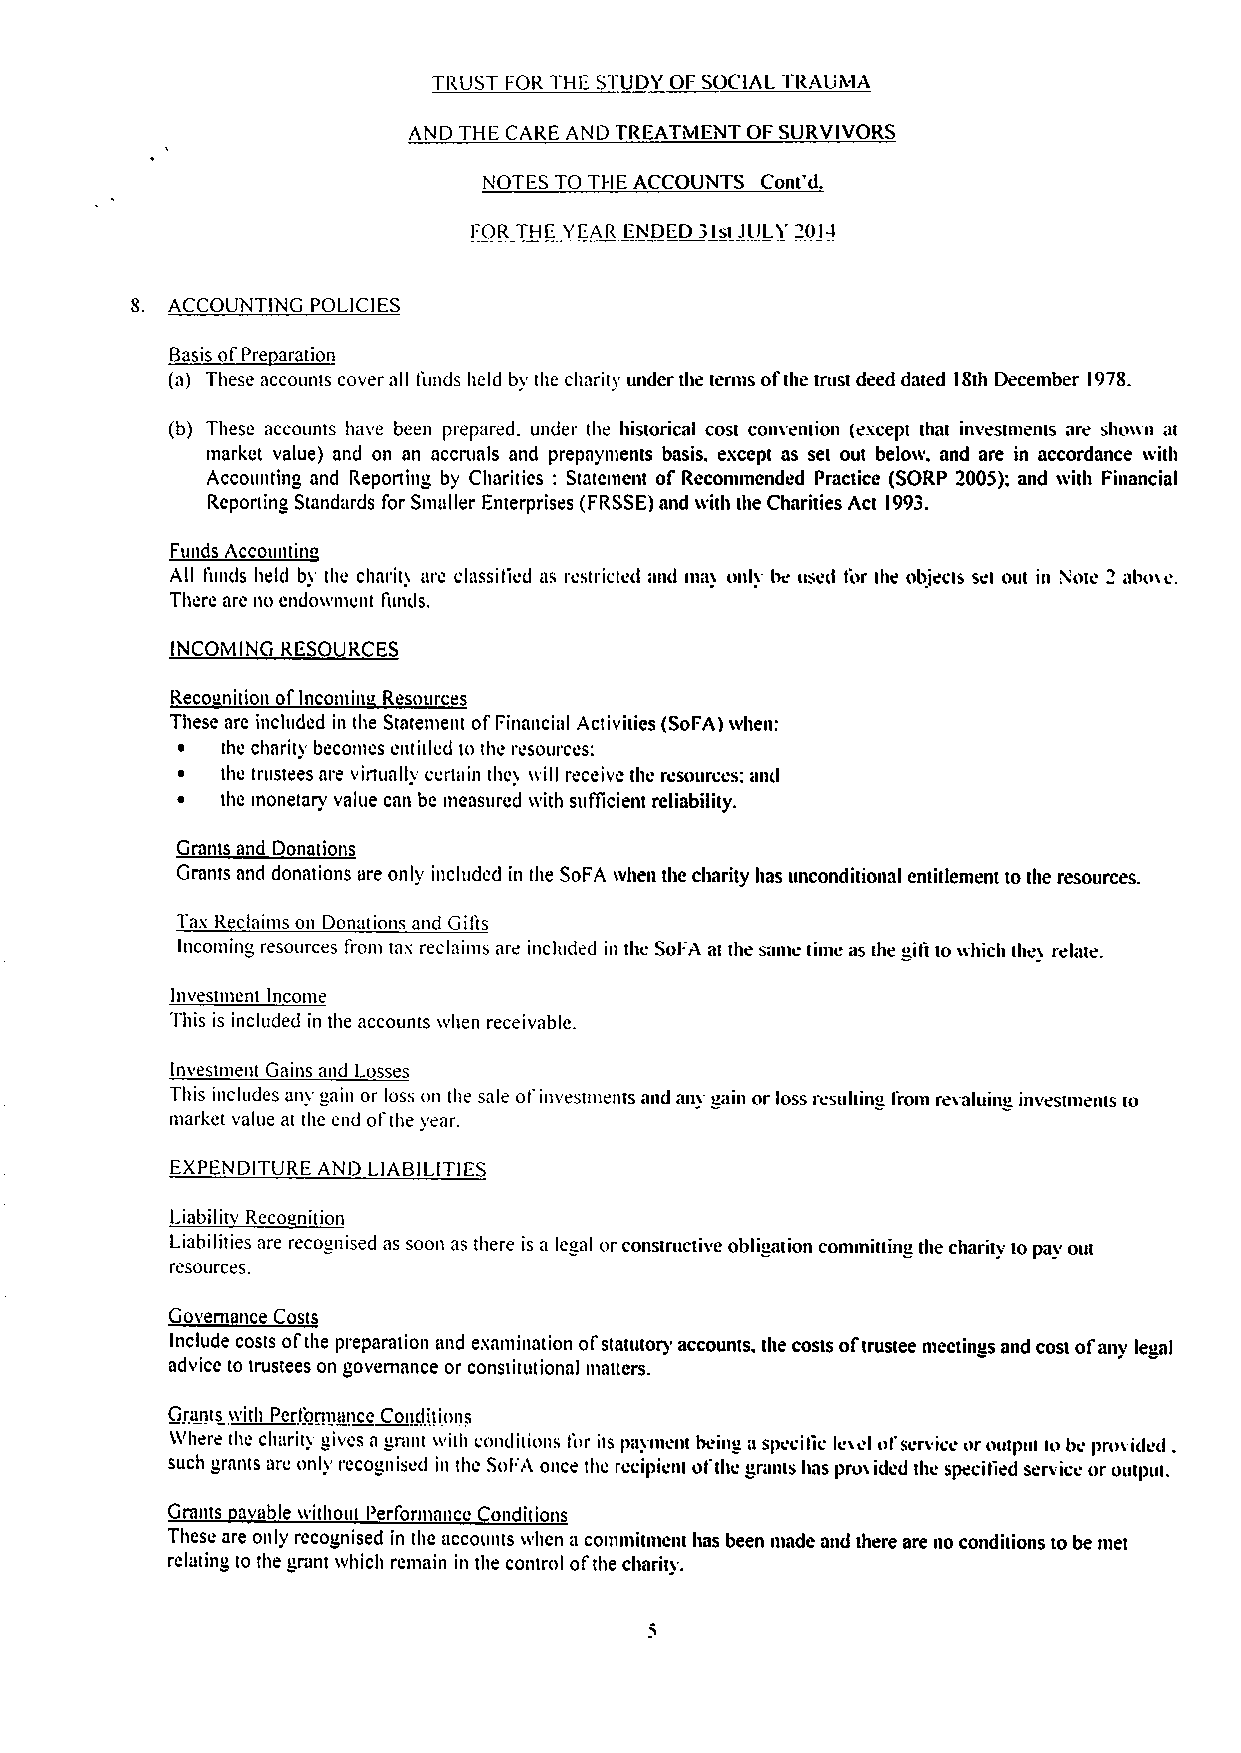
TRUST I OR 1HE S IUDY OF SOCIAL 'I I&AUIvlA
 AND THE CARE AND TREATMENT OF SURVIVORS
 NOTES TO Tl-IE ACCOUNTS Cont'd,
 I OR THE YEAR LNDED 31st jIJLY 2014
 8. ACCOUNTING POLICIES
 Basis ot Pre aration
 (a) These accounts cover all I'unds held by the charity under the ternis ofthe trust deed dated 18th Deceniber 1978.
 (b) These accounts have been prepared. under the historical cost convention (escept that investments are sho«» «t
 market value) and on an accruals and prepaytnents basis, except as set out below, and are in accordance with
 Accounting and Reporting by Charities: Statement of Reconimended Practice (SORP 2005); and with Financial
 Reporting Standards for Smaller Enterprises (FRSSE)and «ith the Charities Act 1993.
 Funds Accountin
 All funds held by the charit) are classiltcd as restricted and ma) onl) be (tse&l tor the objects set out in Note 2 ahoy«.
 There are no endowtnent ft(rais.
 INCOMING RESOURCES
 Reco nition oflnconiin&& Resources
 These are included in the Statement ofFinancial Activities (SoFA) when:
 ~  the charit) becontcs entitled to the resources:
 ~  the trustees are virtuall) certain the) «ill receive the resources: and
 ~  the tnonetary value can be measured «ith sufficient reliability,
 Grants and Donations
 Grants and donations are only included in the SoFA when the cltarity has unconditional entitlement tothe resources.
 Tas Reclainis on Donations and Git'ts
 Incoming resources fion& tas reclaims are included in thc Sol'A at the stnic time as the &&ilt to «hich the) relate.
 Investntcnt Income
 This is included in the accounts when receivable.
 Investment Gains and Losses
 Tliis includes an) &ain or loss on ihe sale ol invest t»ents and an) g&ain or loss rcsultin&& I'rom revaluing investments to
 liiat'ket vallte at the cnd ol the ye Ir.
 EXPENDITURE AND LIABII ITIES
 Liabilitv Reco nition
 Liabilities are recognised as sooti as there is a legal orconstructive obligation comtnit ting the charity to pay out
 resources.
 Govern nce Costs
 Include costs ofthe preparation and exaniination ofstatutory accounts, the costs of trustee meetings and cost ofany legal
 advice to trustees on governance or constitutional tnatters,
 Grants «ith Pcrtortnance Conditions
 '6'here the charit» gives a rant with conditions tor its pa)nt«nt hei» a spcciitc l&«el oi selvlcc ur output Iob&' pfovid«d .
 such grants are only recognised in the SoFA once the recipient ol the grants Itas proi idcd the speci tied service or output.
 Grants avable «ithoui I'erformancc onditions
 These are only recognised in the accounts «hen a cotntnittnent has been tnade and there are no conditions to be met
 relating to the grant which remain in the control ofthe charity.